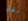
نقر